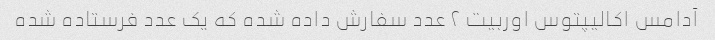
آدامس اکالیپتوس اوربیت ۲ عدد سفارش داده شده که یک عدد فرستاده شده